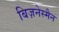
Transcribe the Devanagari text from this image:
बिज़नेस्मैन